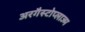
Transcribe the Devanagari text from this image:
अरगैस्टोप्लाज्म